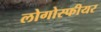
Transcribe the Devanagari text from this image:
लोगोस्फीयर